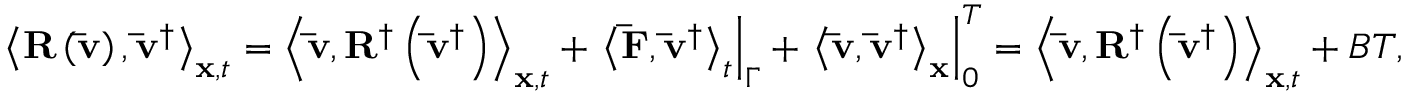
{ \left\langle { { \bf { R } } \left( { { \bf { \bar { v } } } } \right) , { { { \bf { \bar { v } } } } ^ { \dag } } } \right\rangle _ { { \bf { x } } , t } } = { \left\langle { { \bf { \bar { v } } } , { { \bf { R } } ^ { \dag } } \left( { { { { \bf { \bar { v } } } } ^ { \dag } } } \right) } \right\rangle _ { { \bf { x } } , t } } + { \left. { { { \left\langle { { \bf { \bar { F } } } , { { { \bf { \bar { v } } } } ^ { \dag } } } \right\rangle } _ { t } } } \right| _ { \Gamma } } + \left. { { { \left\langle { { \bf { \bar { v } } } , { { { \bf { \bar { v } } } } ^ { \dag } } } \right\rangle } _ { \bf { x } } } } \right| _ { 0 } ^ { T } = { \left\langle { { \bf { \bar { v } } } , { { \bf { R } } ^ { \dag } } \left( { { { { \bf { \bar { v } } } } ^ { \dag } } } \right) } \right\rangle _ { { \bf { x } } , t } } + B T ,